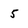
Character: 5